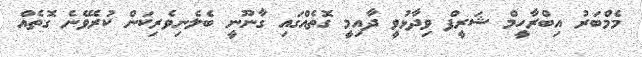
މެމްބަރު އިބްރާހީމް ޝަރީފް ވިދާޅުވީ ދާއިމީ ގޮތެއްގައި ގާނޫނީ ބެލެނިވެރިކަން ކުރެވޭނެ ގޮތެއް